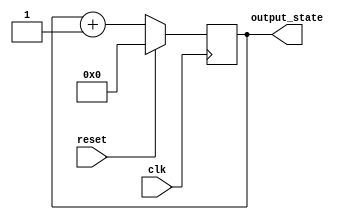
module synchronous_reset (
    input wire clk,             // Clock signal
    input wire reset,           // Synchronous reset signal
    output reg [7:0] output_state // Output state (8-bit for example)
);

// Define the reset value
parameter RESET_VALUE = 8'b00000000;

always @(posedge clk) begin
    if (reset) begin
        // Synchronous reset: set output_state to reset value
        output_state <= RESET_VALUE;
    end else begin
        // Normal operation: Update output_state based on your logic
        // Here, you can implement your state transition logic
        // For example, simple counting logic (incrementing)
        output_state <= output_state + 1; // Example logic
    end
end

endmodule